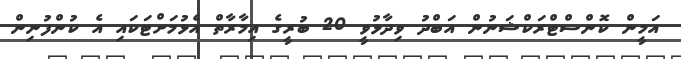
އަމީން ކޮންސްޓްރަކްޝަނުން އަބްދު ވިދާޅުވީ 20 ބުރީގެ އިމާރާތް އެޅުމަށްޓަކައި އެ ކުންފުނިން